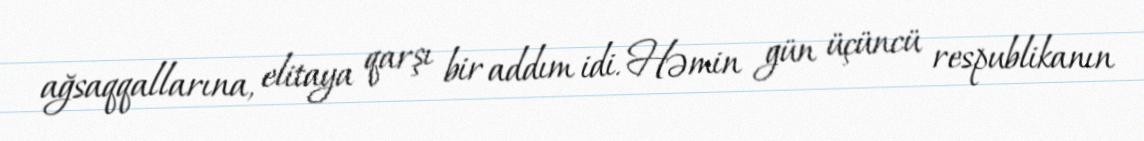
ağsaqqallarına, elitaya qarşı bir addım idi. Həmin gün üçüncü respublikanın